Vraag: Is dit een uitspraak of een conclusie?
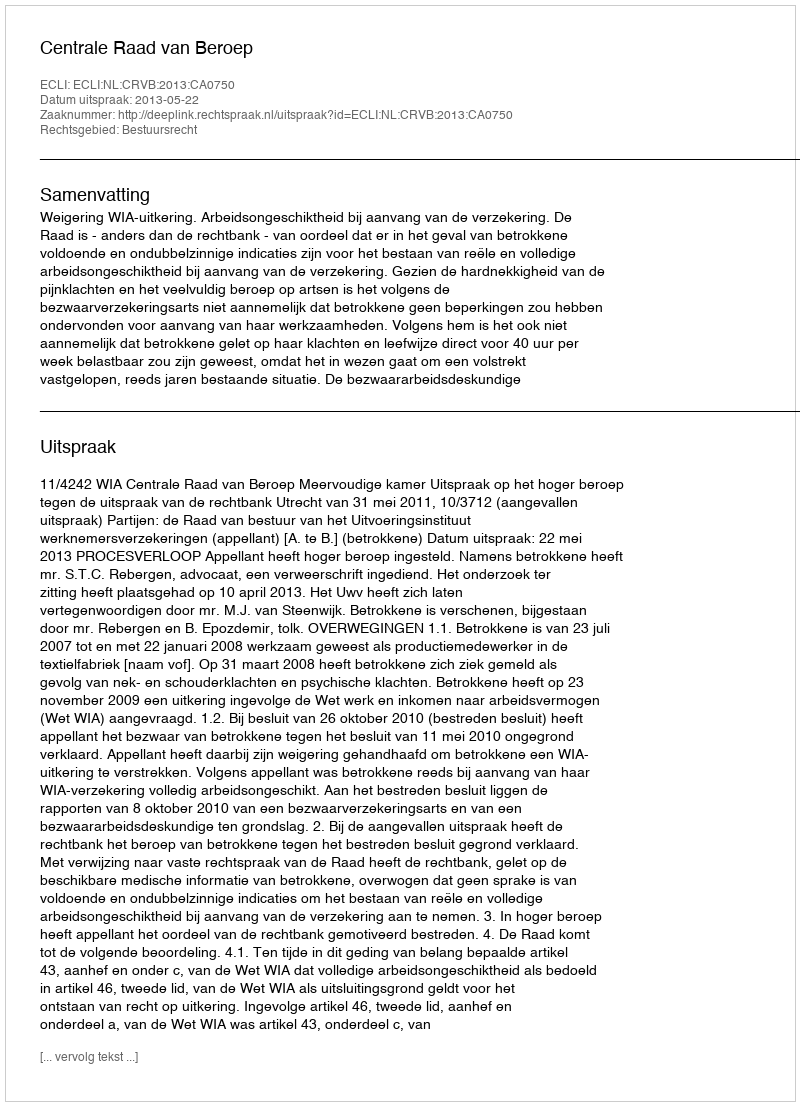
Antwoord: Uitspraak